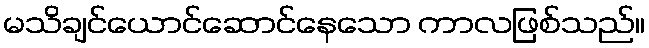
မသိချင်ယောင်ဆောင်နေသော ကာလဖြစ်သည်။